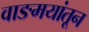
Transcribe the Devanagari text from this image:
वाङमयांतून